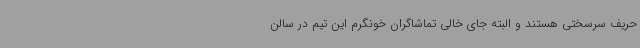
حریف سرسختی هستند و البته جای خالی تماشاگران خونگرم این تیم در سالن